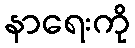
နာရေးကို